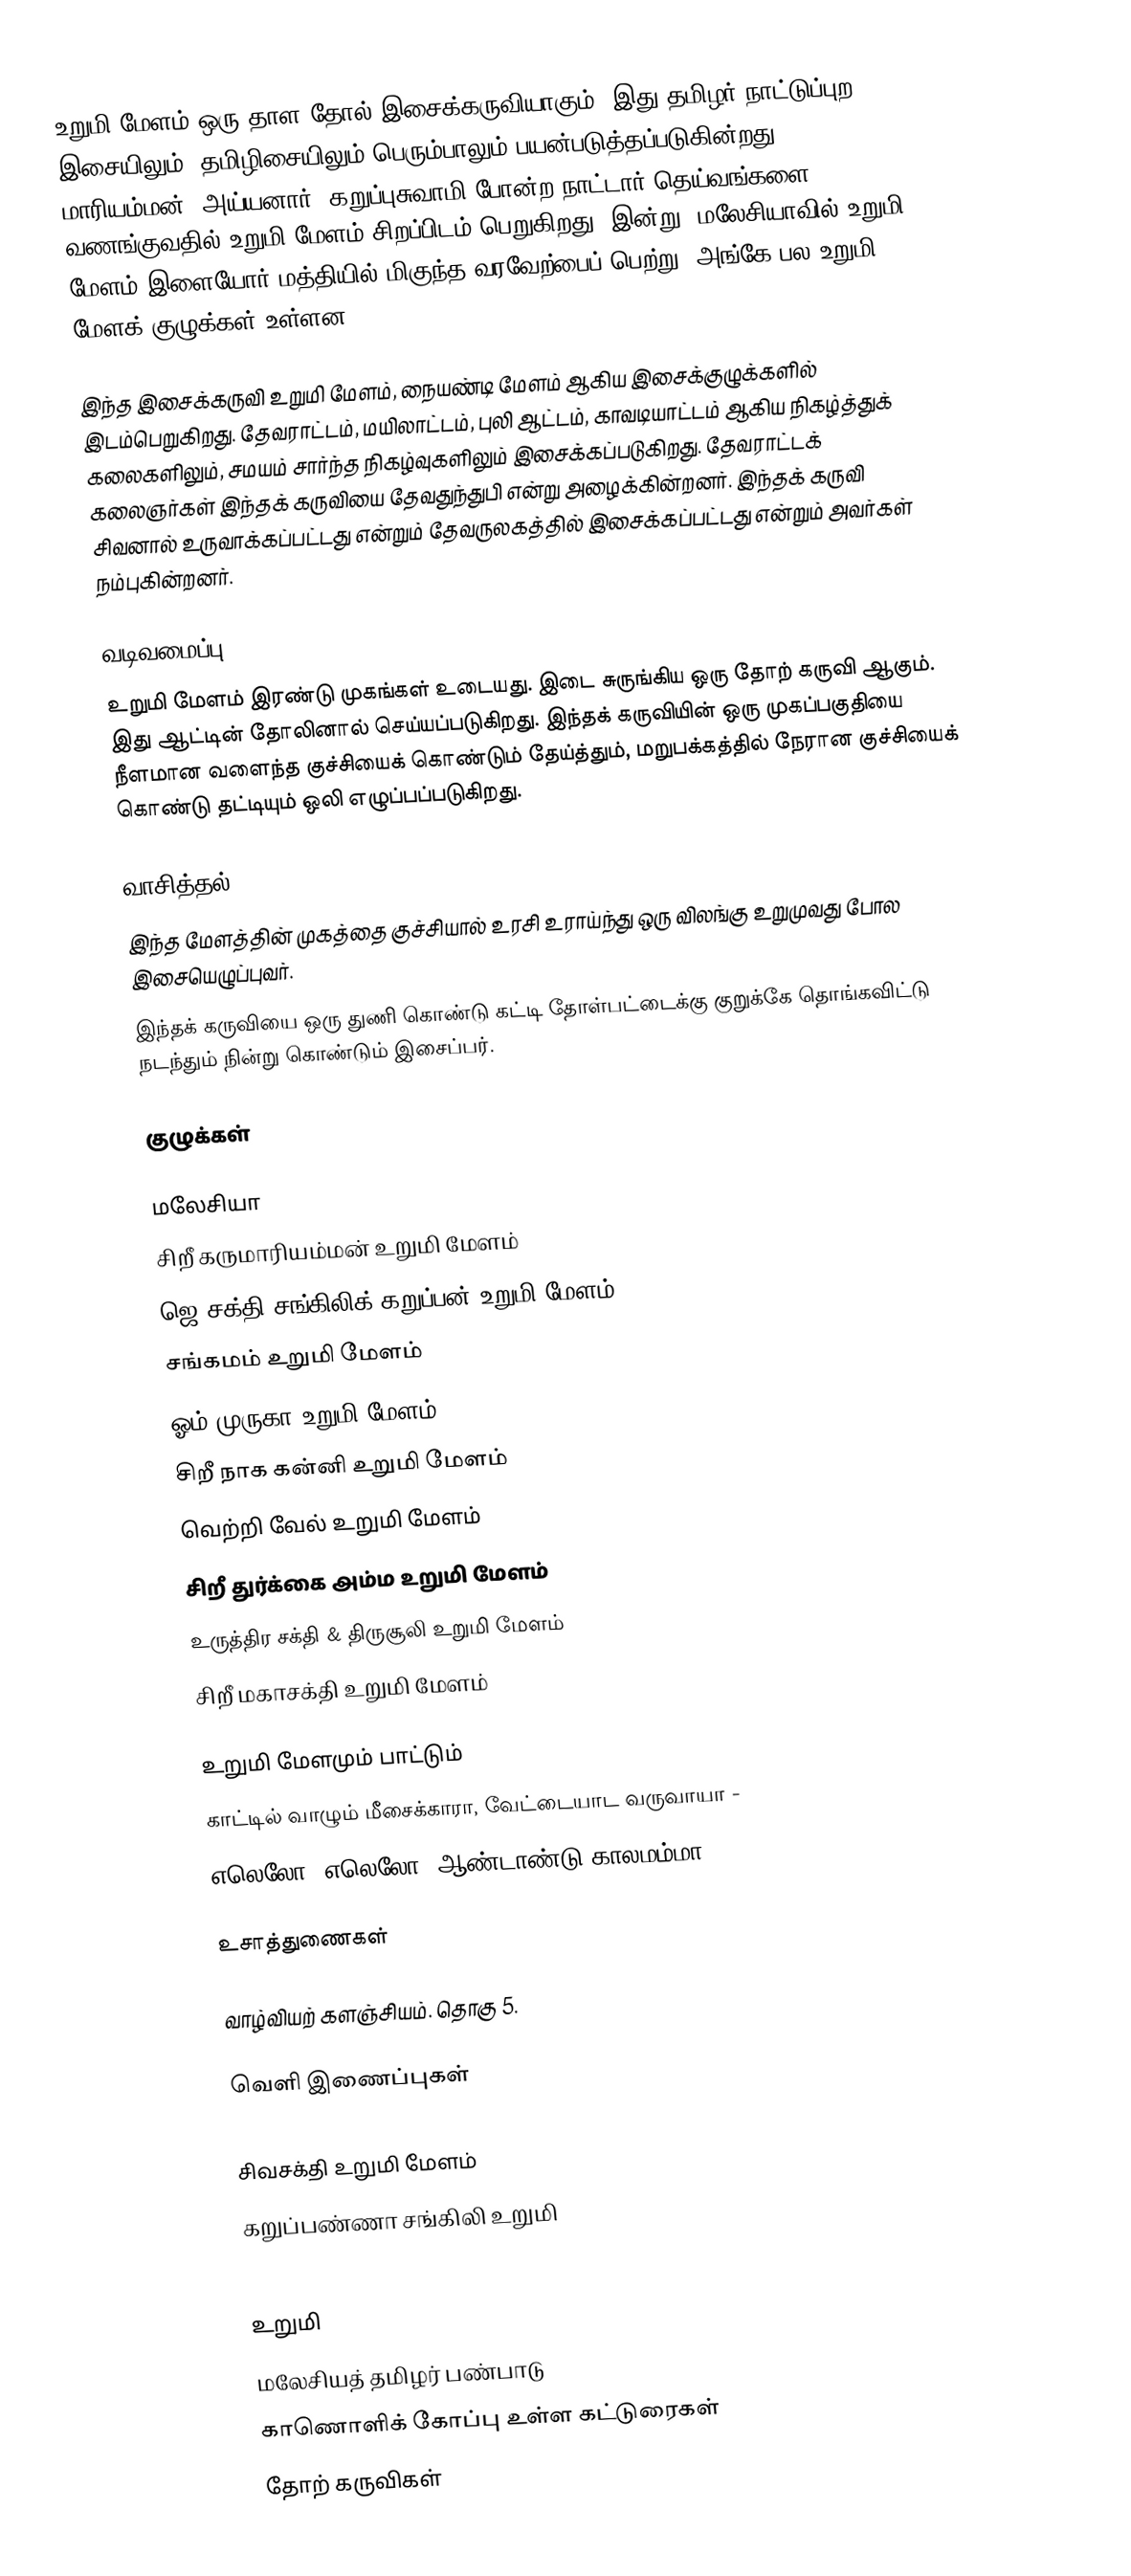
உறுமி மேளம் ஒரு தாள தோல் இசைக்கருவியாகும்.  இது தமிழர் நாட்டுப்புற இசையிலும், தமிழிசையிலும் பெரும்பாலும் பயன்படுத்தப்படுகின்றது.  மாரியம்மன், அய்யனார், கறுப்புசுவாமி போன்ற நாட்டார் தெய்வங்களை வணங்குவதில் உறுமி மேளம் சிறப்பிடம் பெறுகிறது.  இன்று, மலேசியாவில் உறுமி மேளம் இளையோர் மத்தியில் மிகுந்த வரவேற்பைப் பெற்று, அங்கே பல உறுமி மேளக் குழுக்கள் உள்ளன.

இந்த இசைக்கருவி உறுமி மேளம், நையண்டி மேளம் ஆகிய இசைக்குழுக்களில் இடம்பெறுகிறது. தேவராட்டம், மயிலாட்டம், புலி ஆட்டம், காவடியாட்டம் ஆகிய நிகழ்த்துக் கலைகளிலும், சமயம் சார்ந்த நிகழ்வுகளிலும் இசைக்கப்படுகிறது.  தேவராட்டக் கலைஞர்கள் இந்தக் கருவியை தேவதுந்துபி என்று அழைக்கின்றனர். இந்தக் கருவி சிவனால் உருவாக்கப்பட்டது என்றும் தேவருலகத்தில் இசைக்கப்பட்டது என்றும் அவர்கள் நம்புகின்றனர்.

வடிவமைப்பு
உறுமி மேளம் இரண்டு முகங்கள் உடையது. இடை சுருங்கிய ஒரு தோற் கருவி ஆகும். இது ஆட்டின் தோலினால் செய்யப்படுகிறது. இந்தக் கருவியின் ஒரு முகப்பகுதியை நீளமான வளைந்த குச்சியைக் கொண்டும் தேய்த்தும், மறுபக்கத்தில் நேரான குச்சியைக் கொண்டு தட்டியும் ஒலி எழுப்பப்படுகிறது.

வாசித்தல்
இந்த மேளத்தின் முகத்தை குச்சியால் உரசி உராய்ந்து ஒரு விலங்கு உறுமுவது போல இசையெழுப்புவர்.
இந்தக் கருவியை ஒரு துணி கொண்டு கட்டி தோள்பட்டைக்கு குறுக்கே தொங்கவிட்டு நடந்தும் நின்று கொண்டும் இசைப்பர்.

குழுக்கள்

மலேசியா
 சிறீ கருமாரியம்மன் உறுமி மேளம்
 ஜெ சக்தி சங்கிலிக் கறுப்பன் உறுமி மேளம்
 சங்கமம் உறுமி மேளம்
 ஓம் முருகா உறுமி மேளம் -
 சிறீ நாக கன்னி உறுமி மேளம்
 வெற்றி வேல் உறுமி மேளம்
 சிறீ துர்க்கை அம்ம உறுமி மேளம்
 உருத்திர சக்தி & திருசூலி உறுமி மேளம்
 சிறீ மகாசக்தி உறுமி மேளம்

உறுமி மேளமும் பாட்டும்
 காட்டில் வாழும் மீசைக்காரா, வேட்டையாட வருவாயா -
 எலெலோ, எலெலோ, ஆண்டாண்டு காலமம்மா -

உசாத்துணைகள்

 வாழ்வியற் களஞ்சியம். தொகு 5.

வெளி இணைப்புகள்
 Urumi  -
 சிவசக்தி உறுமி மேளம்
 கறுப்பண்ணா சங்கிலி உறுமி
 vanamma vanamma

உறுமி
மலேசியத் தமிழர் பண்பாடு
காணொளிக் கோப்பு உள்ள கட்டுரைகள்
தோற் கருவிகள்